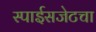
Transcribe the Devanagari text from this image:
स्पाईसजेटचा